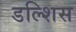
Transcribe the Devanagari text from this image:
डल्शिस